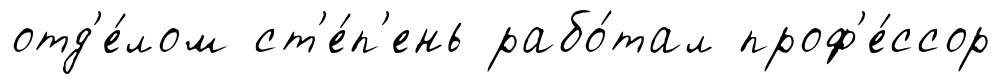
отд'е́лом ст'е́п'ень рабо́тал проф'е́ссор